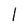
Character: 1